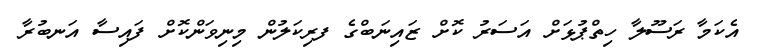
އެކަމާ ރަސޫލާ ހިތްޕުޅަށް އަސަރު ކޮށް ޒައިނަބްގެ ފރިކަލުން މިނިވަންކޮށް ފައިސާ އަނބުރާ